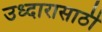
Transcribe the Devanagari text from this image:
उध्दारासाठी